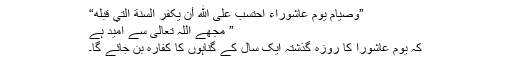
”وصيام يوم عاشوراء احتسب علی الله أن يکفر السنة التي قبله“
” مجھے اللہ تعالیٰ سے اُمید ہے
کہ یوم عاشورا کا روزہ گذشتہ ایک سال کے گناہوں کا کفارہ بن جائے گا۔